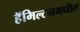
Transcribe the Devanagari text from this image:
हॅमिल्टनमधील